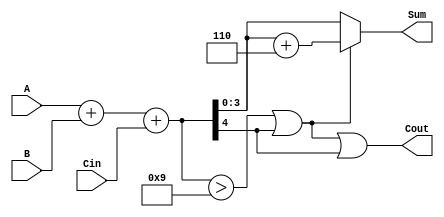
module BCD_Fast_Adder (
    input  wire [3:0] A,      // BCD input A
    input  wire [3:0] B,      // BCD input B
    input  wire Cin,          // Carry-in
    output wire [3:0] Sum,    // BCD output Sum
    output wire Cout          // Carry-out
);

    wire [4:0] TempSum;       // Temporary sum (5 bits to accommodate carry)
    wire [4:0] CorrectedSum;  // Sum after correction
    wire CorrectionNeeded;     // Flag to indicate if correction is needed

    // Step 1: Perform binary addition
    assign TempSum = A + B + Cin;

    // Step 2: Check if correction is needed
    assign CorrectionNeeded = (TempSum > 9) || TempSum[4];

    // Step 3: Perform correction if needed
    assign CorrectedSum = TempSum + 5'd6;

    // Final output logic
    assign Sum = CorrectionNeeded ? CorrectedSum[3:0] : TempSum[3:0];
    assign Cout = CorrectionNeeded || TempSum[4];

endmodule